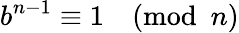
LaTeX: b^{n-1}\equiv 1{\pmod{n}}